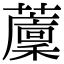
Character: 䕲